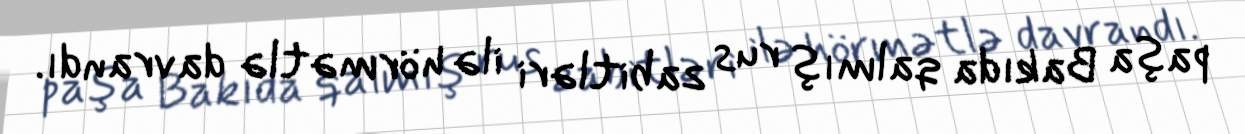
paşa Bakıda qalmış rus zabitləri ilə hörmətlə davrandı.